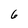
Character: 6